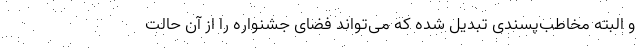
و البته مخاطب‌پسندی تبدیل شده که می‌تواند فضای جشنواره را از آن حالت